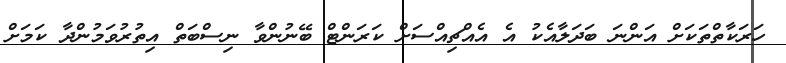
ހަރަކާތްތަކަށް އަންނަ ބަދަލާއެކު އެ އެއްޗިއްސަށް ކަރަންޓް ބޭނުންވާ ނިސްބަތް އިތުރުވަމުންދާ ކަމަށް